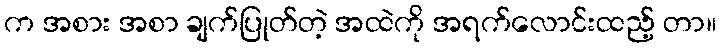
က အစား အစာ ချက်ပြုတ်တဲ့ အထဲကို အရက်လောင်းထည့် တာ။